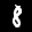
Label: 8